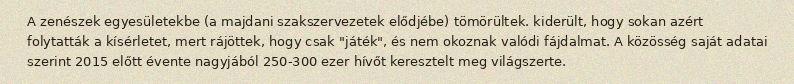
A zenészek egyesületekbe (a majdani szakszervezetek elődjébe) tömörültek. kiderült, hogy sokan azért folytatták a kísérletet, mert rájöttek, hogy csak "játék", és nem okoznak valódi fájdalmat. A közösség saját adatai szerint 2015 előtt évente nagyjából 250-300 ezer hívőt keresztelt meg világszerte.